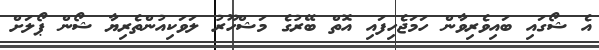
އެ ޝޯގައި ބައިވެރިވާން ހަމަޖެހިފައި އޮތް ބޭރުގެ މަޝްހޫރު ލަވަކިއުންތެރިޔާ ޝޯން ޕޯލަށް